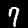
Digit: 7